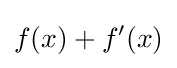
f(x)+f'(x)